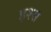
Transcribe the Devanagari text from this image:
इश्स